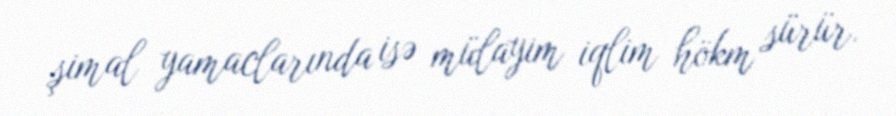
şimal yamaclarında isə mülayim iqlim hökm sürür.